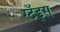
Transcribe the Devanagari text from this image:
स्टँड्स